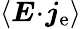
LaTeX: \left<\boldsymbol{E}\! \cdot\! \boldsymbol{j}_{\mathrm{e}}\right>